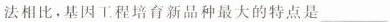
法相比，基因工程培育新品种最大的特点是___